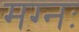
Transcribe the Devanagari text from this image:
मग्नः